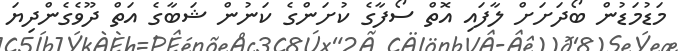
މަޑުމަޑުން ބޯދަށަށް ލާފައި އޮތް ސޯފާގެ ކުށަންގެ ކަނުން ޝަބާގެ އަތް ދޫވެގެންދިޔަ